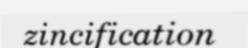
zincification